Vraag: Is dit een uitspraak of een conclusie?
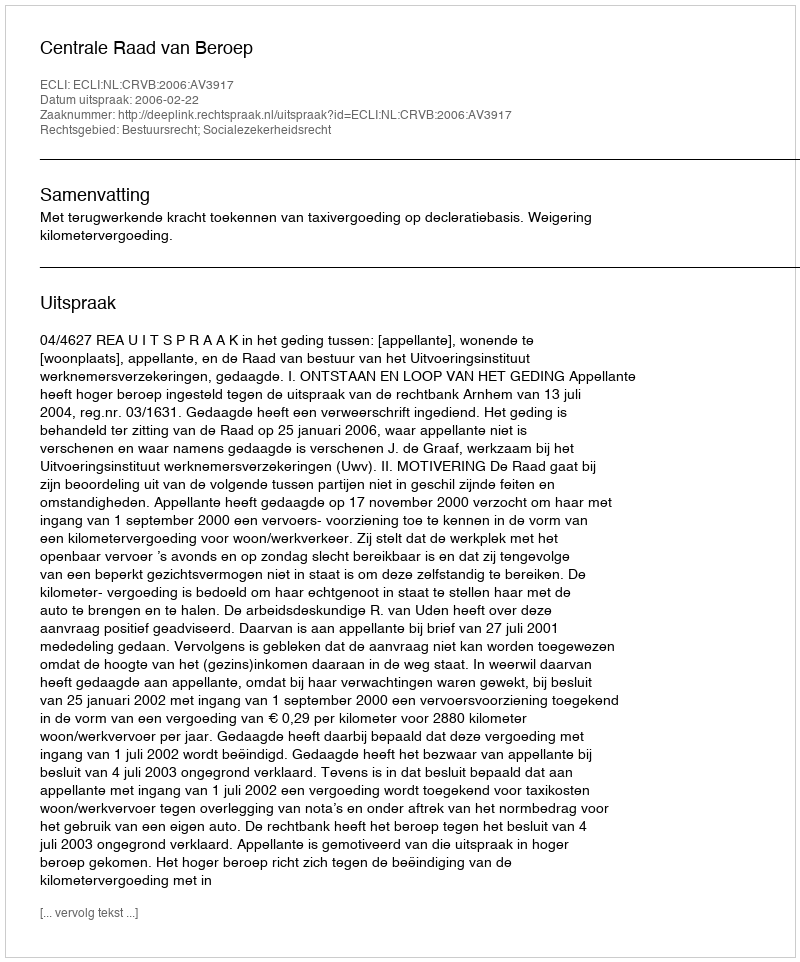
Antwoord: Uitspraak